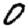
Digit: 0